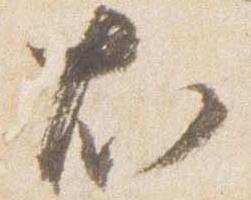
尤